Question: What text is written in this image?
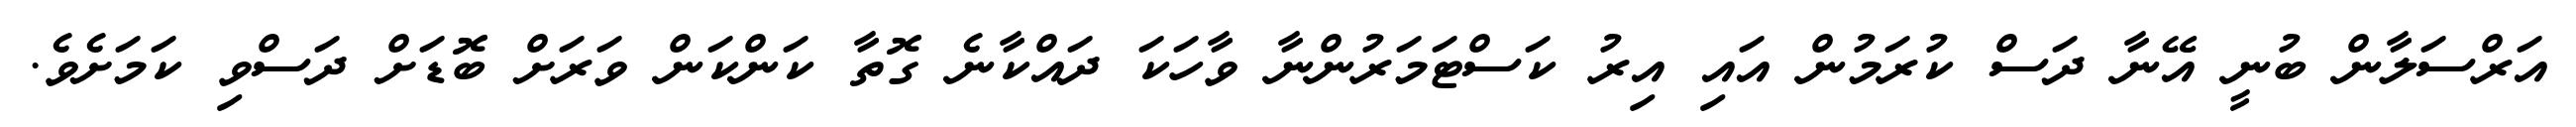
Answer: އަރްސަލާން ބުނީ އޭނާ ދަސް ކުރަމުން އައި އިރު ކަސްޓަމަރުންނާ ވާހަކަ ދައްކާނެ ގޮތާ ކަންކަން ވަރަށް ބޮޑަށް ދަސްވި ކަމަށެވެ.